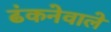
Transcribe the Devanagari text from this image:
ढंकनेवाले